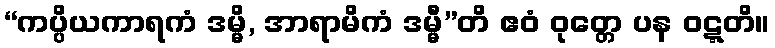
“ကပ္ပိယကာရကံ ဒမ္မိ, အာရာမိကံ ဒမ္မီ”တိ ဧဝံ ဝုတ္တေ ပန ဝဋ္ဋတိ။